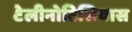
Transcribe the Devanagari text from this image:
टेलीनोटिसियास